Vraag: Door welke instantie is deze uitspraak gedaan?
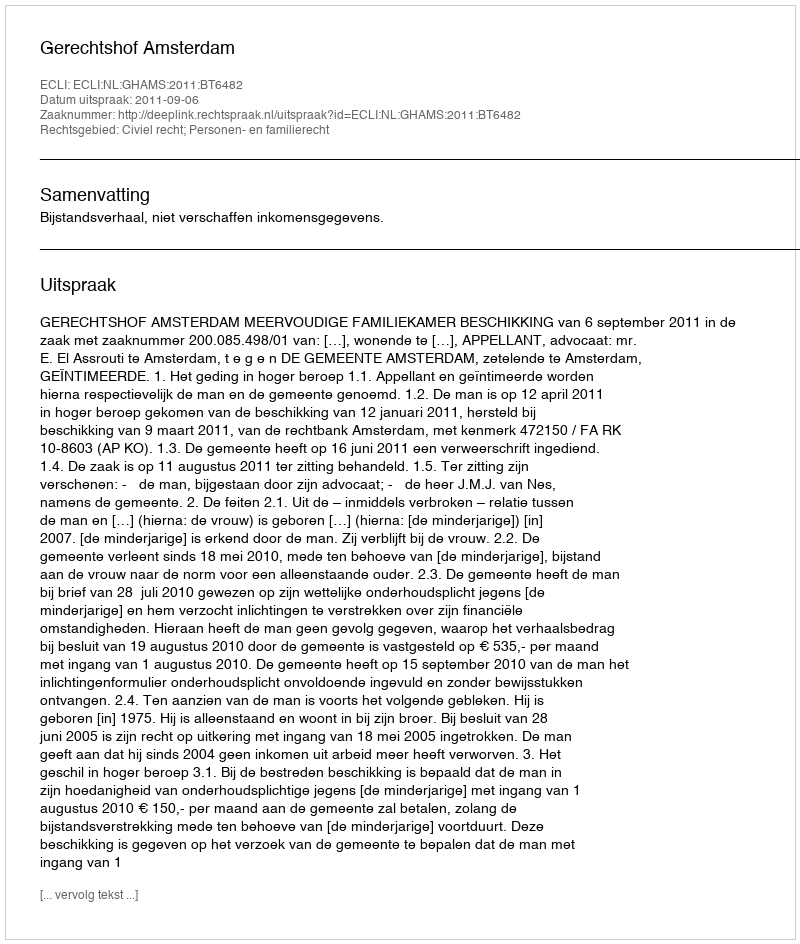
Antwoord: Gerechtshof Amsterdam